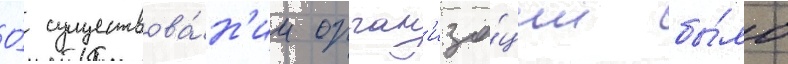
О́ существова́н'ии орган'иза́ции бы́ло